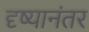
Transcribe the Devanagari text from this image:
दृष्यानंतर